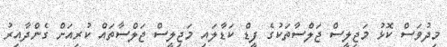
މިދުވަސް ކޮޅު މަޖިލީސް ޖަލްސާތަކުގެ ފީޑް ކަޑާލައި މަޖިލީސް ޖަލްސާތައް ކުރިއަށް ގެންދާއިރު